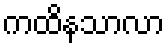
ကထိနသာလာ